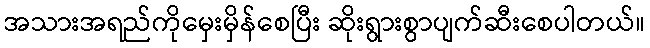
အသားအရည်ကိုမှေးမှိန်စေပြီး ဆိုးရွားစွာပျက်ဆီးစေပါတယ်။